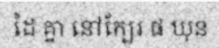
ដៃ គ្នា នៅក្បែរ ផ ឃុន